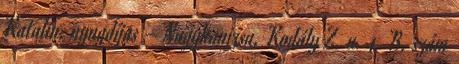
Katalin, nyugdíjas – Nagykanizsa, Kodály Z. u. 4 B. szám